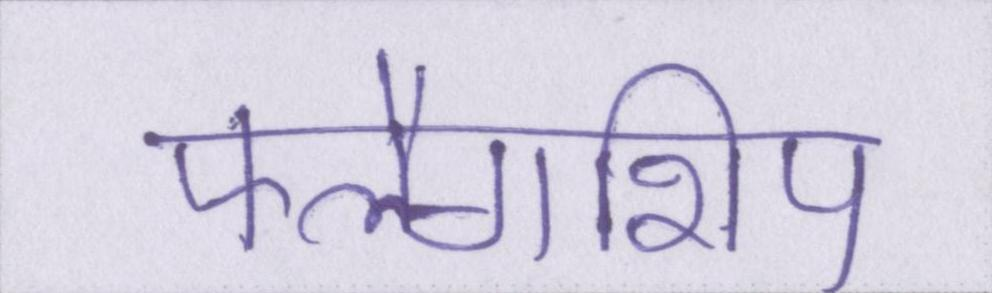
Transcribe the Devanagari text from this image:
फ्लैगशिप